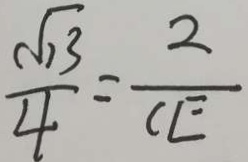
\frac { \sqrt { 1 3 } } { 4 } = \frac { 2 } { C E }